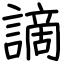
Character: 謫